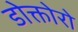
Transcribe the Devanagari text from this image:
डोक्तोरो